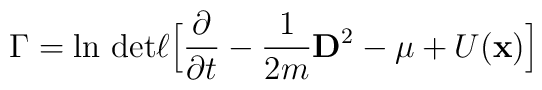
\Gamma=\ln\,{\rm det}\ell\Big\lbrack\frac{\partial}{\partial t}-\frac{1}{2m}                  {\bf D}^2-\mu+U({\bf x})\Big\rbrack